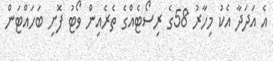
އެ އަދަދާ އެކު މިހާރު 58ގެ ރިސޯޓެއްގެ ތެރެއިން ވޯޓު ފޮށި ބަހައްޓަން